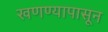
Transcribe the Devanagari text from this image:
खणण्यापासून